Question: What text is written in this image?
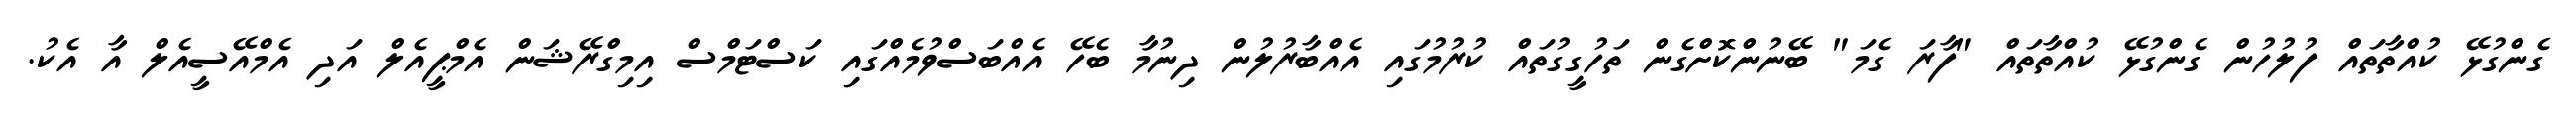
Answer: ގެންގުޅޭ ކުއްތާތައް ފުލުހުން ގެންގުޅޭ ކުއްތާތައް "ފާރަ ގެމަ" ބޭނުންކޮށްގެން ތަހުގީގުތައް ކުރުމުގައި އެއްބާރުލުން ދިނުމާ ބެހޭ އެއްބަސްވުމެއްގައި ކަސްޓަމްސް އިމިގްރޭޝަން އެމްޕީއެލް އަދި އެމްއޭސީއެލް އާ އެކު.